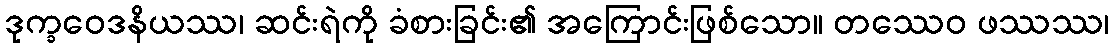
ဒုက္ခဝေဒနိယဿ၊ ဆင်းရဲကို ခံစားခြင်း၏ အကြောင်းဖြစ်သော။ တဿေဝ ဖဿဿ၊